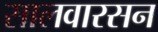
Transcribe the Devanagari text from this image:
सालवारसन